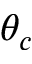
\theta _ { c }